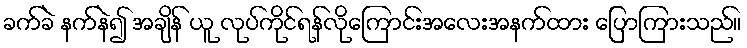
ခက်ခဲ နက်နဲ၍ အချိန် ယူ လုပ်ကိုင်ရန်လိုကြောင်းအလေးအနက်ထား ပြောကြားသည်။